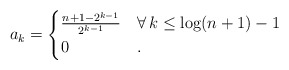
\begin{align*}a_k=\begin{cases}\frac{n+1-2^{k-1}}{2^{k-1}} &\forall\, k\le \log (n+1)-1\\0& .\end{cases}\end{align*}